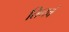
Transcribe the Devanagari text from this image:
तिनचं